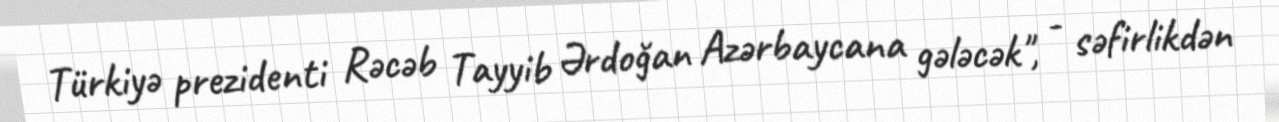
Türkiyə prezidenti Rəcəb Tayyib Ərdoğan Azərbaycana gələcək", - səfirlikdən